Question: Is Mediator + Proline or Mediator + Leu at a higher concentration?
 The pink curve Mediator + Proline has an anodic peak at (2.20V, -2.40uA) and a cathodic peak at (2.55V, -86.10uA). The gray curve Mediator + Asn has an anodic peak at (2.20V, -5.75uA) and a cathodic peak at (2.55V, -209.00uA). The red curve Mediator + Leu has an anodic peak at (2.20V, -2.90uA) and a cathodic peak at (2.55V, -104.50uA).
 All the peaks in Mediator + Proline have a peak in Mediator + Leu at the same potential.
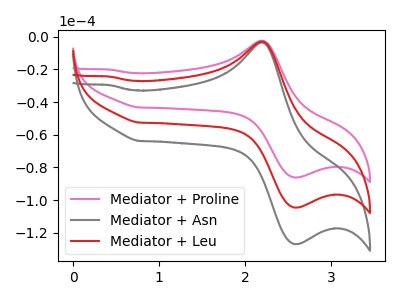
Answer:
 <answer>I cant tell if "Mediator + Proline" or "Mediator + Leu" has higher concentration.</answer>
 <eval>mixed_concentration</eval>